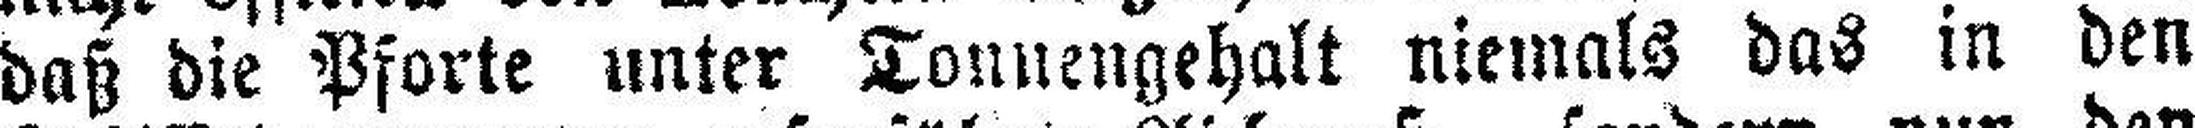
daß die Pforte unter Tonnengehalt niemals das in den